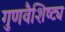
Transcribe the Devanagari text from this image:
गुणवैशिष्ट्य